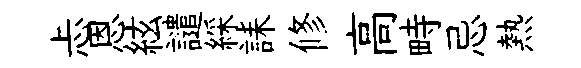
忐恩絃譴綵誄修高畤忌熱